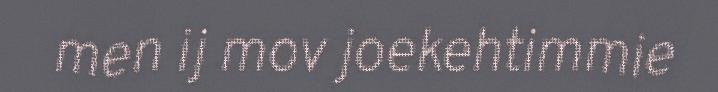
men ij mov joekehtimmie